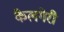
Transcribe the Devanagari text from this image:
कैलगेरी